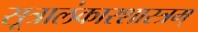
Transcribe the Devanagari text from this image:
सूत्रालंकारशास्त्रम्